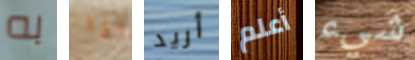
به اذا أريد أعلم شيء